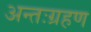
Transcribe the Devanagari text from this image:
अन्तःग्रहण